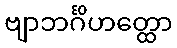
ဗျာဘင်္ဂိဟတ္ထော